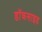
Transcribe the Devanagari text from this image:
डॉकसाइड